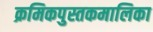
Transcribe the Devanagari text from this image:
क्रमिकपुस्तकमालिका